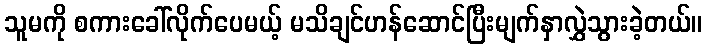
သူမကို စကားခေါ်လိုက်ပေမယ့် မသိချင်ဟန်ဆောင်ပြီးမျက်နှာလွှဲသွားခဲ့တယ်။